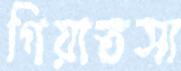
গিয়াতসা